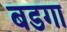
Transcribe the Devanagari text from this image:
बडगा